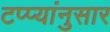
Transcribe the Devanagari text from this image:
टप्प्यांनुसार